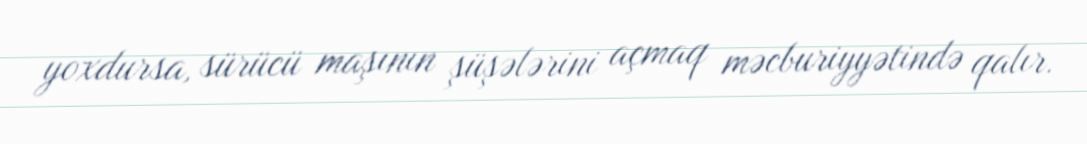
yoxdursa, sürücü maşının şüşələrini açmaq məcburiyyətində qalır.